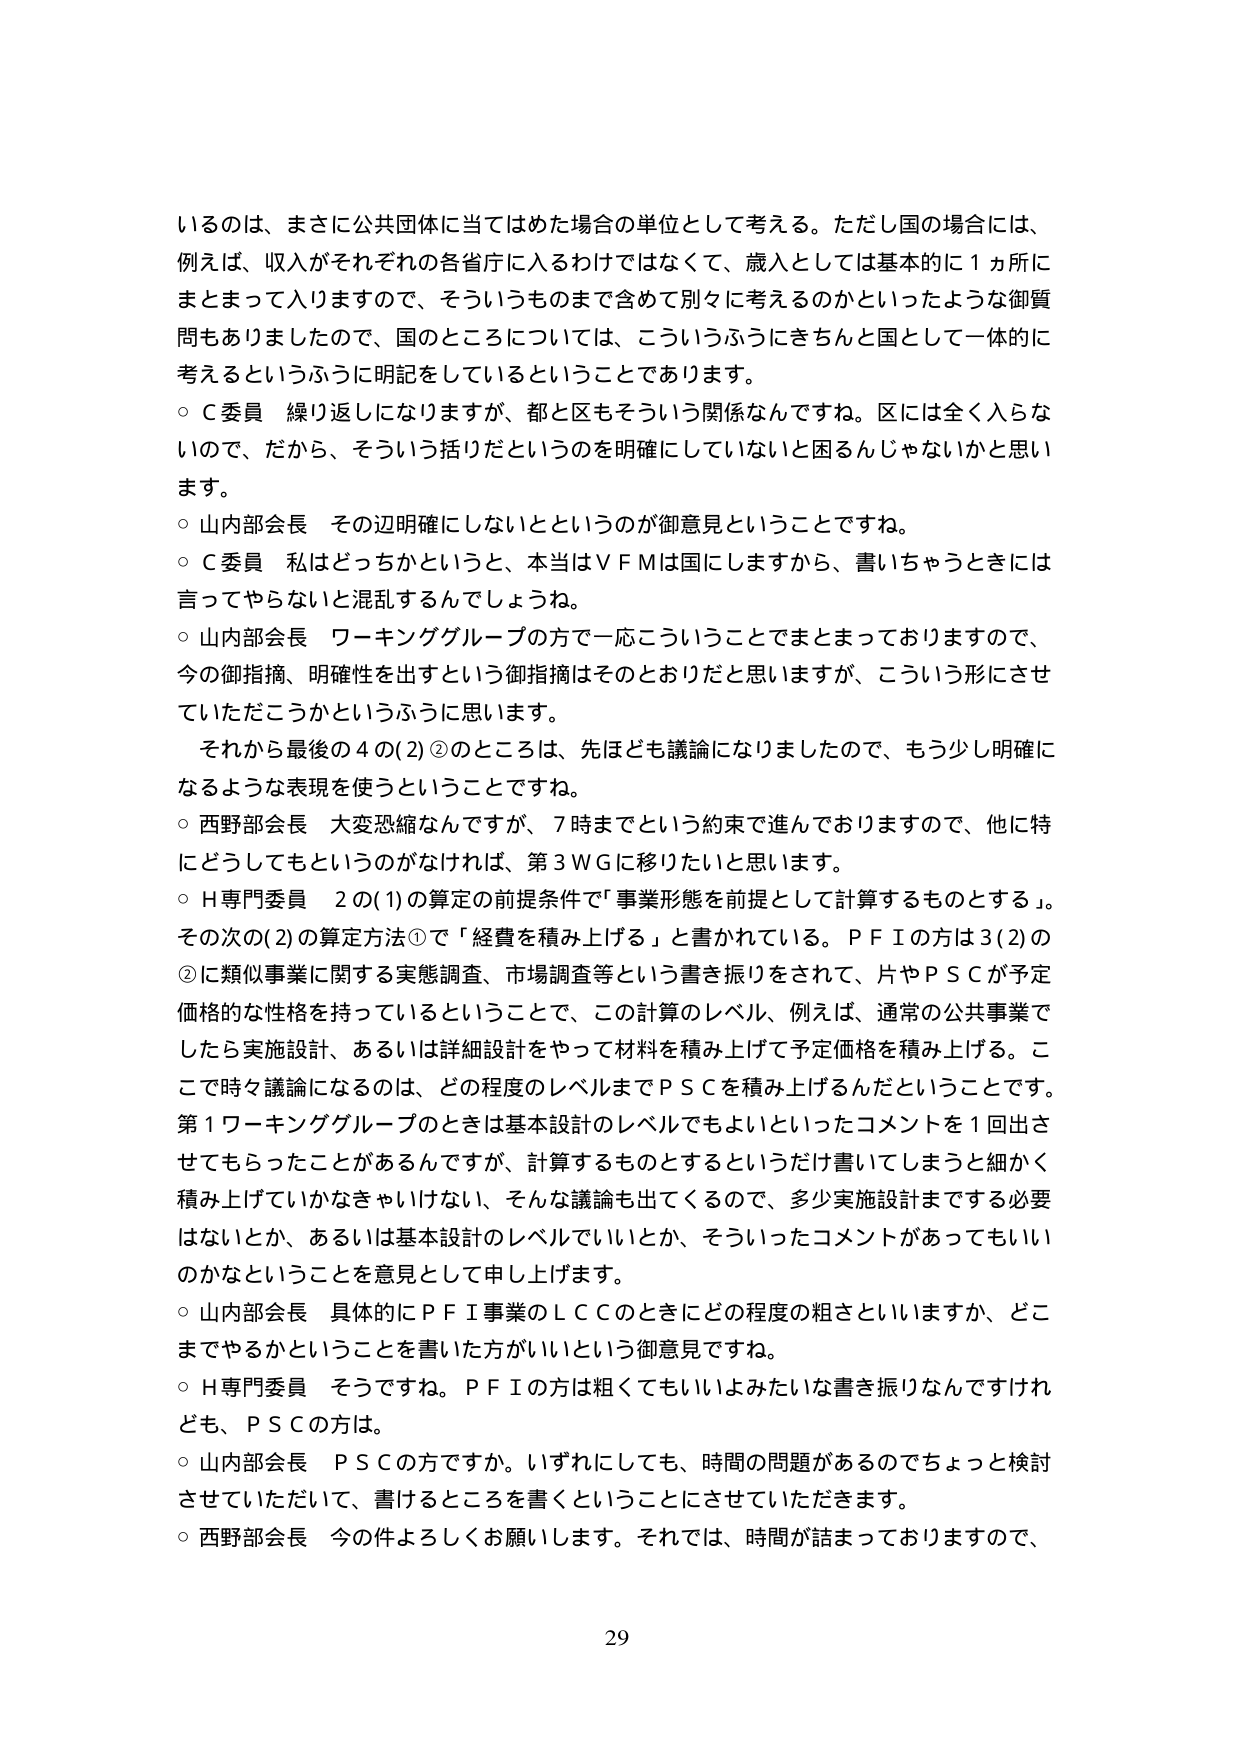
いるのは、まさに公共団体に当てはめた場合の単位として考える。ただし国の場合には、
例えば、収入がそれぞれの各省庁に入るわけではなくて、歳入としては基本的に１ヵ所に
まとまって入りますので、そういうものまで含めて別々に考えるのかといったような御質
問もありましたので、国のところについては、こういうふうにきちんと国として一体的に
考えるというふうに明記をしているということです。
○Ｃ委員 繰り返しになりますが、都と区もそういう関係なんですね。区には全く入らな
いので、だから、そういう括りだというのを明確にしていないと困るんじゃないかと思い
ます。
○山内部会長 その辺明確にしないとというのが御意見ということですね。
○Ｃ委員 私はどっちかというと、本当はＶＦＭは国にしますから、書いちゃうときには
言ってやらないと混乱するんでしょうね。
○山内部会長 ワーキンググループの方で一応こういうことでまとまっておりますので、
今の御指摘、明確性を出すという御指摘はそのとおりだと思いますが、こういう形にさせ
ていただこうかというふうに思います。
　それから最後の４の(2)②のところは、先ほども議論になりましたので、もう少し明確に
なるような表現を使うということですね。
○西野部会長 大変恐縮なんですが、７時までという約束で進んでおりますので、他に特
にどうしてもというのがなければ、第３ＷＧに移りたいと思います。
○Ｈ専門委員 ２の(1)の算定の前提条件で「事業形態を前提として計算するものとする」。
その次の(2)の算定方法①で「経費を積み上げる」と書かれている。ＰＦＩの方は３(2)の
②に類似事業に関する実態調査、市場調査等という書き振りをされて、片やＰＳＣが予定
価格的な性格を持っているということで、この計算のレベル、例えば、通常の公共事業で
したら実施設計、あるいは詳細設計をやって材料を積み上げて予定価格を積み上げる。こ
こで時々議論になるのは、どの程度のレベルまでＰＳＣを積み上げるんだということです。
第１ワーキンググループのときは基本設計のレベルでもよいといったコメントを１回出さ
せてもらったことがあるんですが、計算するものとするというだけ書いてしまうと細かく
積み上げていかなきゃいけない、そんな議論も出てくるので、多少実施設計までする必要
はないとか、あるいは基本設計のレベルでいいとか、そういったコメントがあってもいい
のかなということを意見として申し上げます。
○山内部会長 具体的にＰＦＩ事業のＬＣＣのときにどの程度の粗さといいますか、どこ
までやるかということを書いた方がいいという御意見ですね。
○Ｈ専門委員 そうですよね。ＰＦＩの方は粗くてもいいよみたいな書き振りなんですけれ
ども、ＰＳＣの方は。
○山内部会長 ＰＳＣの方ですか。いずれにしても、時間の問題があるのでちょっと検討
させていただいて、書けるところを書くということにさせていただきます。
○西野部会長 今の件よろしくお願いします。それでは、時間が詰まっておりますので、
29